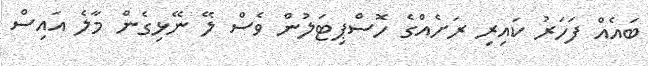
ބައެއް ފަހަރު ކައިރި ރަށެއްގެ ހޮސްޕިޓަލުން ވެސް ލޭ ނޭޅިގެން މާލެ އައިސް